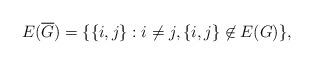
LaTeX: \begin{align*}E(\overline{G})= \{ \{i,j\}: i \neq j , \{i,j\} \not \in E(G) \},\end{align*}